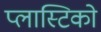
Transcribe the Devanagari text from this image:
प्लास्टिको